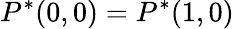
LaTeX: P^{*}(0,0)=P^{*}(1,0)